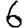
Digit: 6